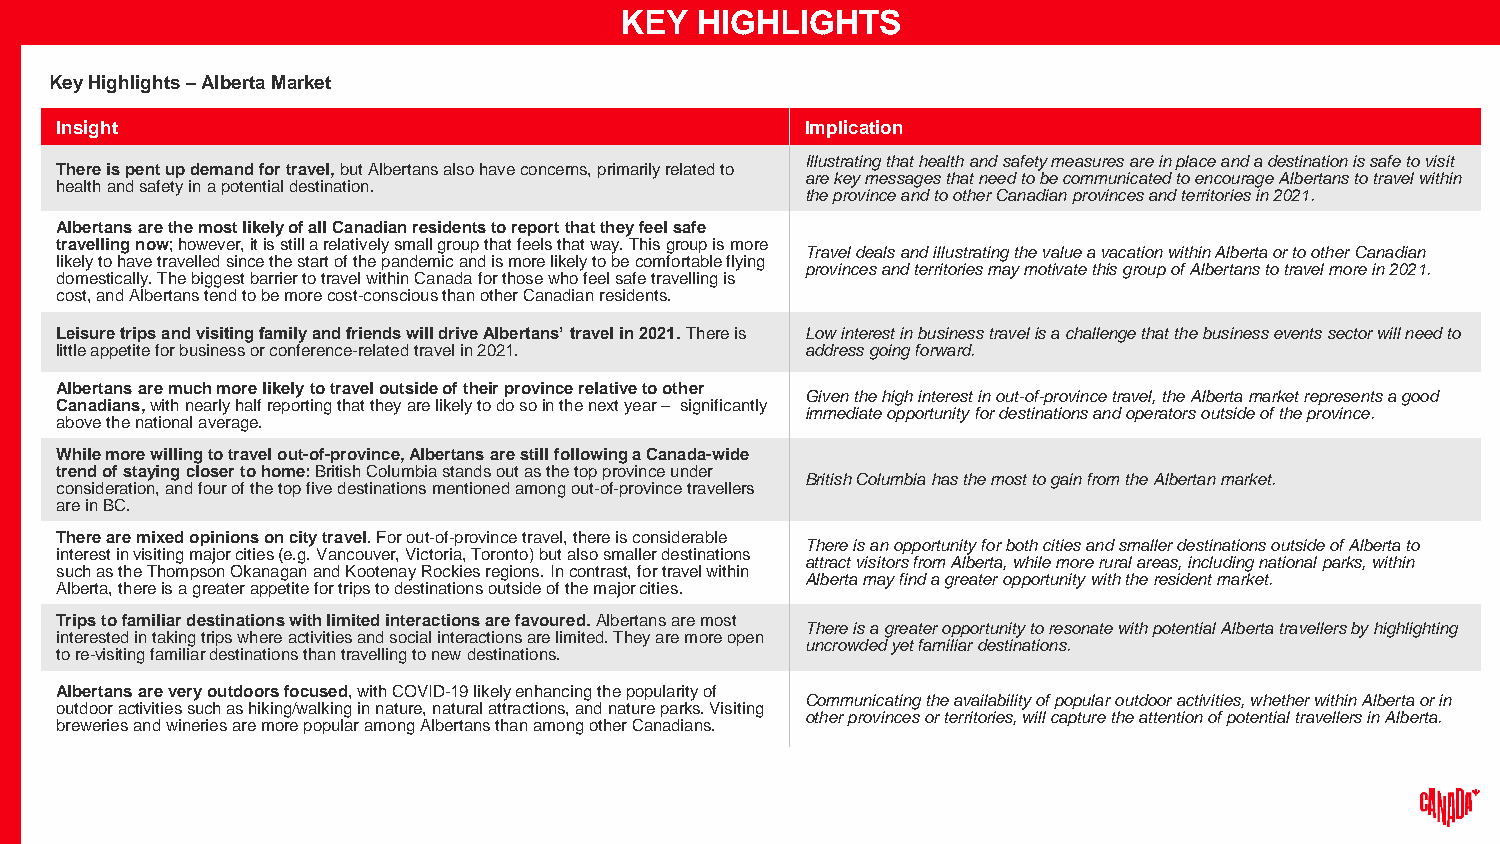
KEY  HIGHLIGHTS
 Key Highlights –Alberta Market
 Insight                                          Implication
 Illustrating that health and safety measures are in place and a destination is safe to visit
 There is pent up demand for travel,but Albertans alsohave concerns, primarily related to
 are key messages that need to be communicated to encourage Albertans to travel within
 health and safety in a potential destination.
 the province and to other Canadian provinces and territories in 2021.
 Albertans are the most likely of all Canadian residents to report that they feel safe
 travelling now; however, it is still a relatively small group that feels that way. This group is more
 Travel deals and illustrating the value a vacation within Alberta or to other Canadian
 likely to have travelled since the start of the pandemic and is more likely to be comfortable flying
 provinces and territories may motivate this group of Albertans to travel more in 2021.
 domestically. The biggest barrier to travel within Canadafor those who feel safe travelling is
 cost, and Albertans tend to be more cost-conscious than other Canadian residents.
 Leisure trips and visiting family and friends will drive Albertans’ travel in 2021.There is Lowinterest in business travel is a challenge that the business events sector will need to
 little appetite for business or conference-related travel in 2021. address going forward.
 Albertans are much more likely to travel outside of their province relative to other
 Given the high interest in out-of-province travel, the Albertamarket represents a good
 Canadians,with nearly half reporting that they are likely to do so in the next year– significantly
 immediate opportunity for destinations and operators outside of the province.
 above the national average.
 While more willing to travel out-of-province, Albertans are still following a Canada-wide
 trend of staying closer to home:British Columbiastands out as the top province under
 British Columbia has the most to gain from the Albertan market.
 consideration, and four of the top five destinations mentioned among out-of-province travellers
 are in BC.
 Thereare mixed opinions on city travel.For out-of-province travel, there is considerable
 There is an opportunity for both cities and smaller destinations outside of Alberta to
 interest in visiting major cities (e.g. Vancouver, Victoria, Toronto) but also smaller destinations
 attract visitors from Alberta, while more rural areas, including national parks, within
 such as the Thompson Okanagan and Kootenay Rockies regions. In contrast, for travel within
 Alberta may find a greateropportunity with the resident market.
 Alberta, there is a greater appetite for trips to destinations outside of the major cities.
 Trips to familiar destinations with limited interactions are favoured.Albertans are most
 There is a greater opportunity to resonate with potential Alberta travellers by highlighting
 interested in taking trips where activities and social interactions are limited. They are more open
 uncrowded yet familiar destinations.
 to re-visiting familiar destinations than travelling to new destinations.
 Albertans are very outdoors focused, with COVID-19 likely enhancing the popularity of
 Communicating the availability of popular outdoor activities, whether within Alberta or in
 outdoor activities such as hiking/walking in nature, natural attractions, and nature parks. Visiting
 other provinces or territories, will capture the attention of potential travellers in Alberta.
 breweries and wineries are more popular among Albertans than among other Canadians.
 3